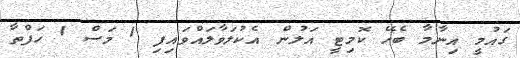
ގައުމީ އިނާމާ ބެހޭ ކޮމިޓީ އަލުން އެކުލަވާލައްވައިފި 1 މަސް 1 ހަފްތާ